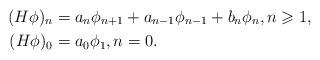
LaTeX: \begin{align*}(H\phi)_n&=a_{n}\phi_{n+1}+a_{n-1}\phi_{n-1}+b_n\phi_n,n\geqslant 1,\\(H\phi)_0&=a_0\phi_1,n=0.\end{align*}